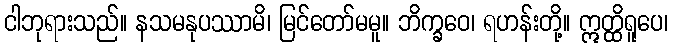
ငါဘုရားသည်။ နသမနုပဿာမိ၊ မြင်တော်မမူ။ ဘိက္ခဝေ၊ ရဟန်းတို့။ ဣတ္ထိရူပေ၊